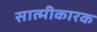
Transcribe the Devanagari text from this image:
सात्मीकारक